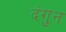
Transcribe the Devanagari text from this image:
दंगुन